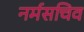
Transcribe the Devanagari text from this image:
नर्मसचिव